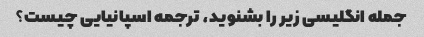
جمله انگلیسی زیر را بشنوید، ترجمه اسپانیایی چیست؟